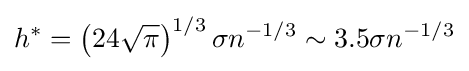
h^{*}=\left(24{\sqrt {\pi }}\right)^{1/3}\sigma n^{-1/3}\sim 3.5\sigma n^{-1/3}